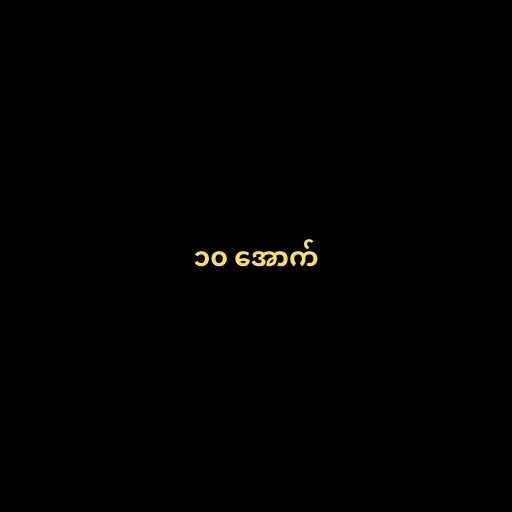
၁၀ အောက်